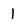
Character: 1